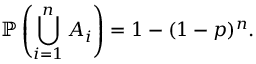
\mathbb { P } \left( \bigcup _ { i = 1 } ^ { n } A _ { i } \right) = 1 - ( 1 - p ) ^ { n } .